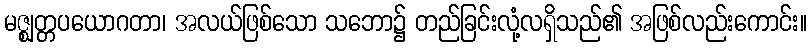
မဇ္ဈတ္တပယောဂတာ၊ အလယ်ဖြစ်သော သဘော၌ တည်ခြင်းလုံ့လရှိသည်၏ အဖြစ်လည်းကောင်း။